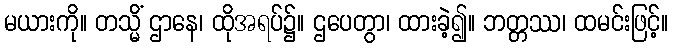
မယားကို။ တသ္မိံ ဌာနေ၊ ထိုအရပ်၌။ ဌပေတွာ၊ ထားခဲ့၍။ ဘတ္တဿ၊ ထမင်းဖြင့်။